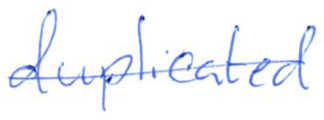
Text: duplicated
Cross-out: single-line
Writing tool: ballpoint